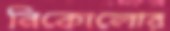
নিকোলোর